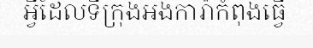
អ្វីដែលទីក្រុងអង់ការ៉ាកំពុងធ្វើ